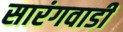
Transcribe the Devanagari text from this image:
सारंगवाडी